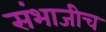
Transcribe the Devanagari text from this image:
संभाजीच